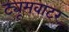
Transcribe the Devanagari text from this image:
ट्यूमवाटर